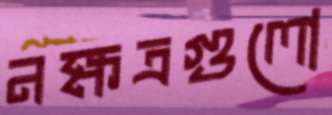
নক্ষত্রগুলো